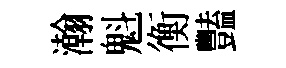
瀚魁衡豔